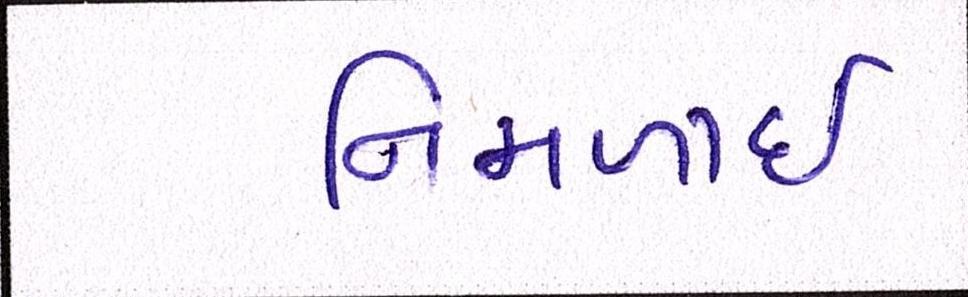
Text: નિમળાઈ